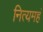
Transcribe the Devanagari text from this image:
नित्यमहं